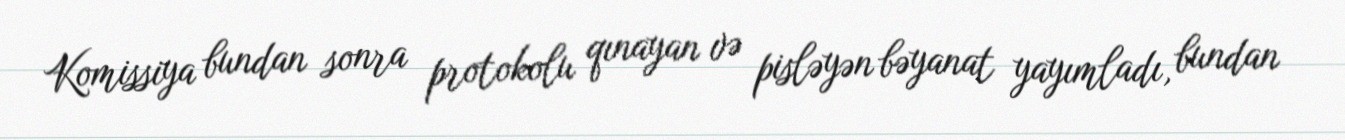
Komissiya bundan sonra protokolu qınayan və pisləyən bəyanat yayımladı, bundan